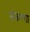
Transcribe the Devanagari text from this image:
संकल्पा